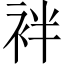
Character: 袢